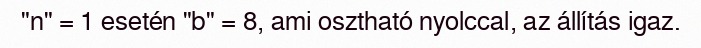
"n" = 1 esetén "b" = 8, ami osztható nyolccal, az állítás igaz.